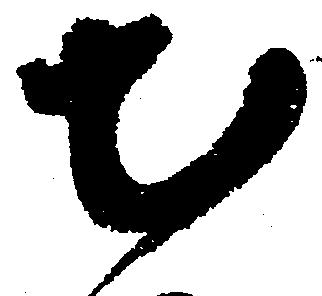
出